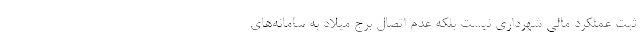
ثبت عملكرد مالي شهرداري نيست بلكه عدم اتصال برج ميلاد به سامانه‌هاي